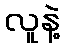
လူနဲ့